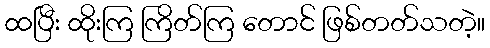
ထပြီး ထိုးကြ ကြိတ်ကြ တောင် ဖြစ်တတ်သတဲ့။